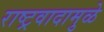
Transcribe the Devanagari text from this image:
राष्ट्रवादामुळे